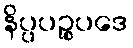
နိပ္ပပဉ္စပဒေ